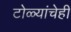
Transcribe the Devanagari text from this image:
टोळ्यांचेही